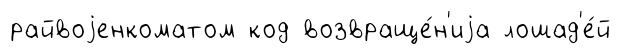
райвоjенкоматом код возвраще́н'иjа лошад'е́й